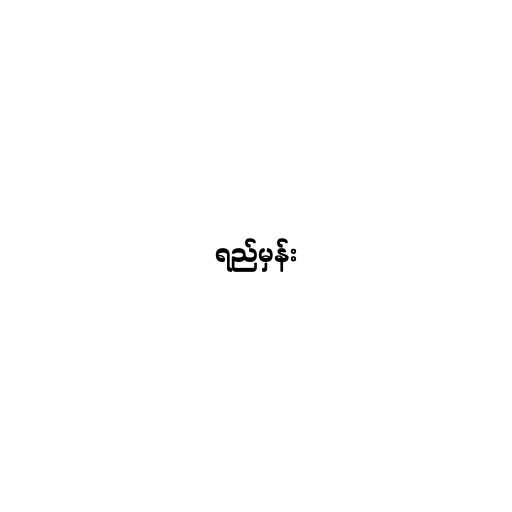
ရည်မှန်း